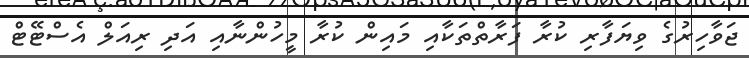
ޖަވާހިރުގެ ވިޔަފާރި ކުރާ ފަރާތްތަކާއި މައިން ކުރާ މީހުންނާއި އަދި ރިއަލް އެސްޓޭޓް